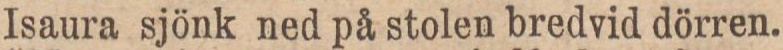
Isaura sjönk ned på stolen bredvid dörren.